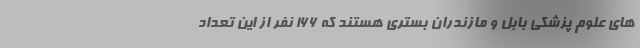
های علوم پزشکی بابل و مازندران بستری هستند که ۱۶۶ نفر از این تعداد